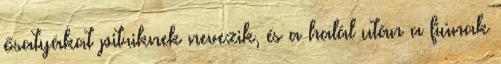
ősatyákat pitriknek nevezik, és a halál után a fiúnak